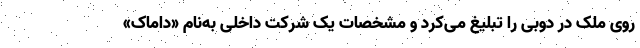
روی ملک در دوبی را تبلیغ می‌کرد و مشخصات یک شرکت داخلی به‌نام «داماک»